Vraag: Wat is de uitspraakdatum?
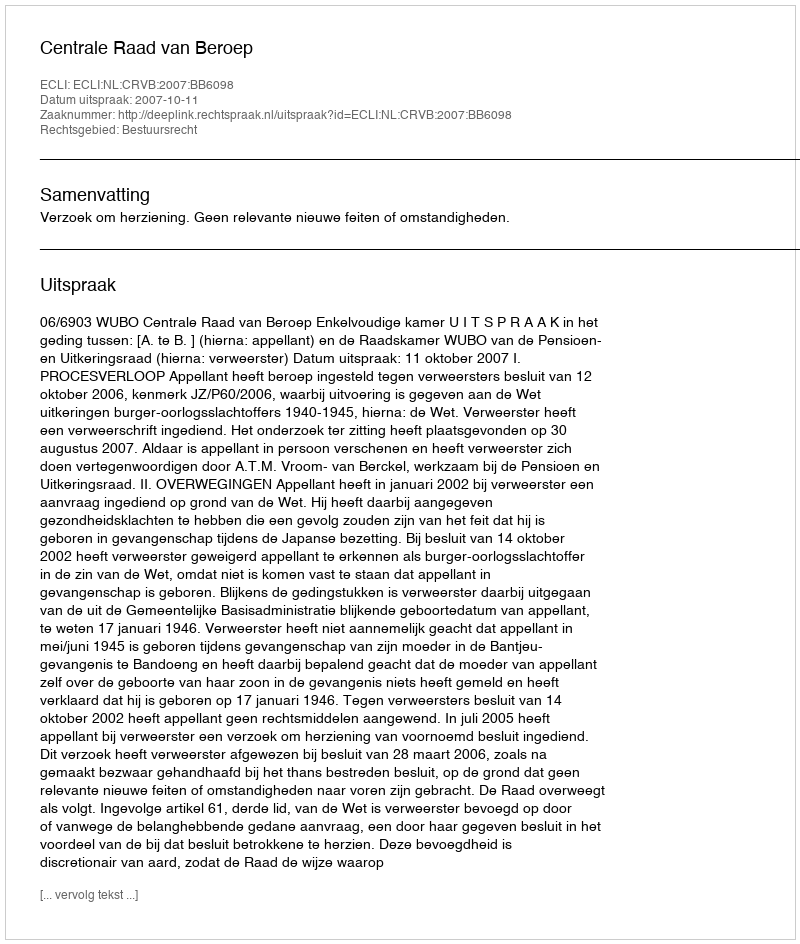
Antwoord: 2007-10-11